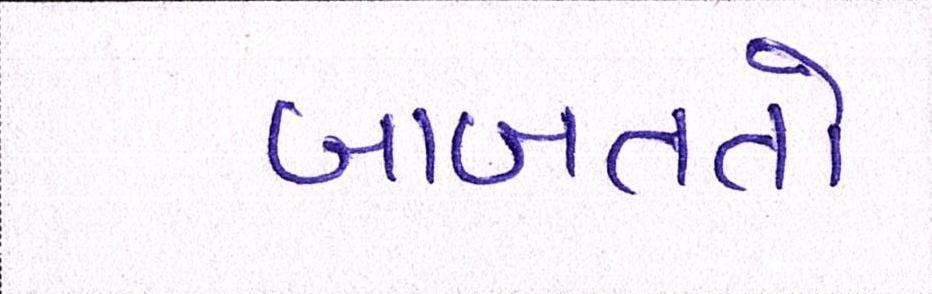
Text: બાબતતો